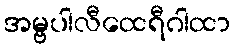
အမ္ဗပါလီထေရီဂါထာ